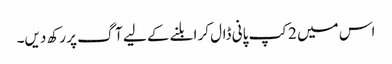
اس میں 2کپ پانی ڈال کر ابلنے کے لیے آگ پر رکھ دیں۔